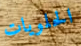
الحلويات